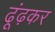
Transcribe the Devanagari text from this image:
ढूंढ़कर